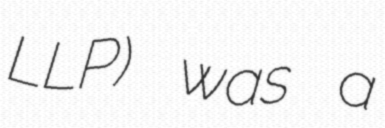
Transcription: LLP) was a